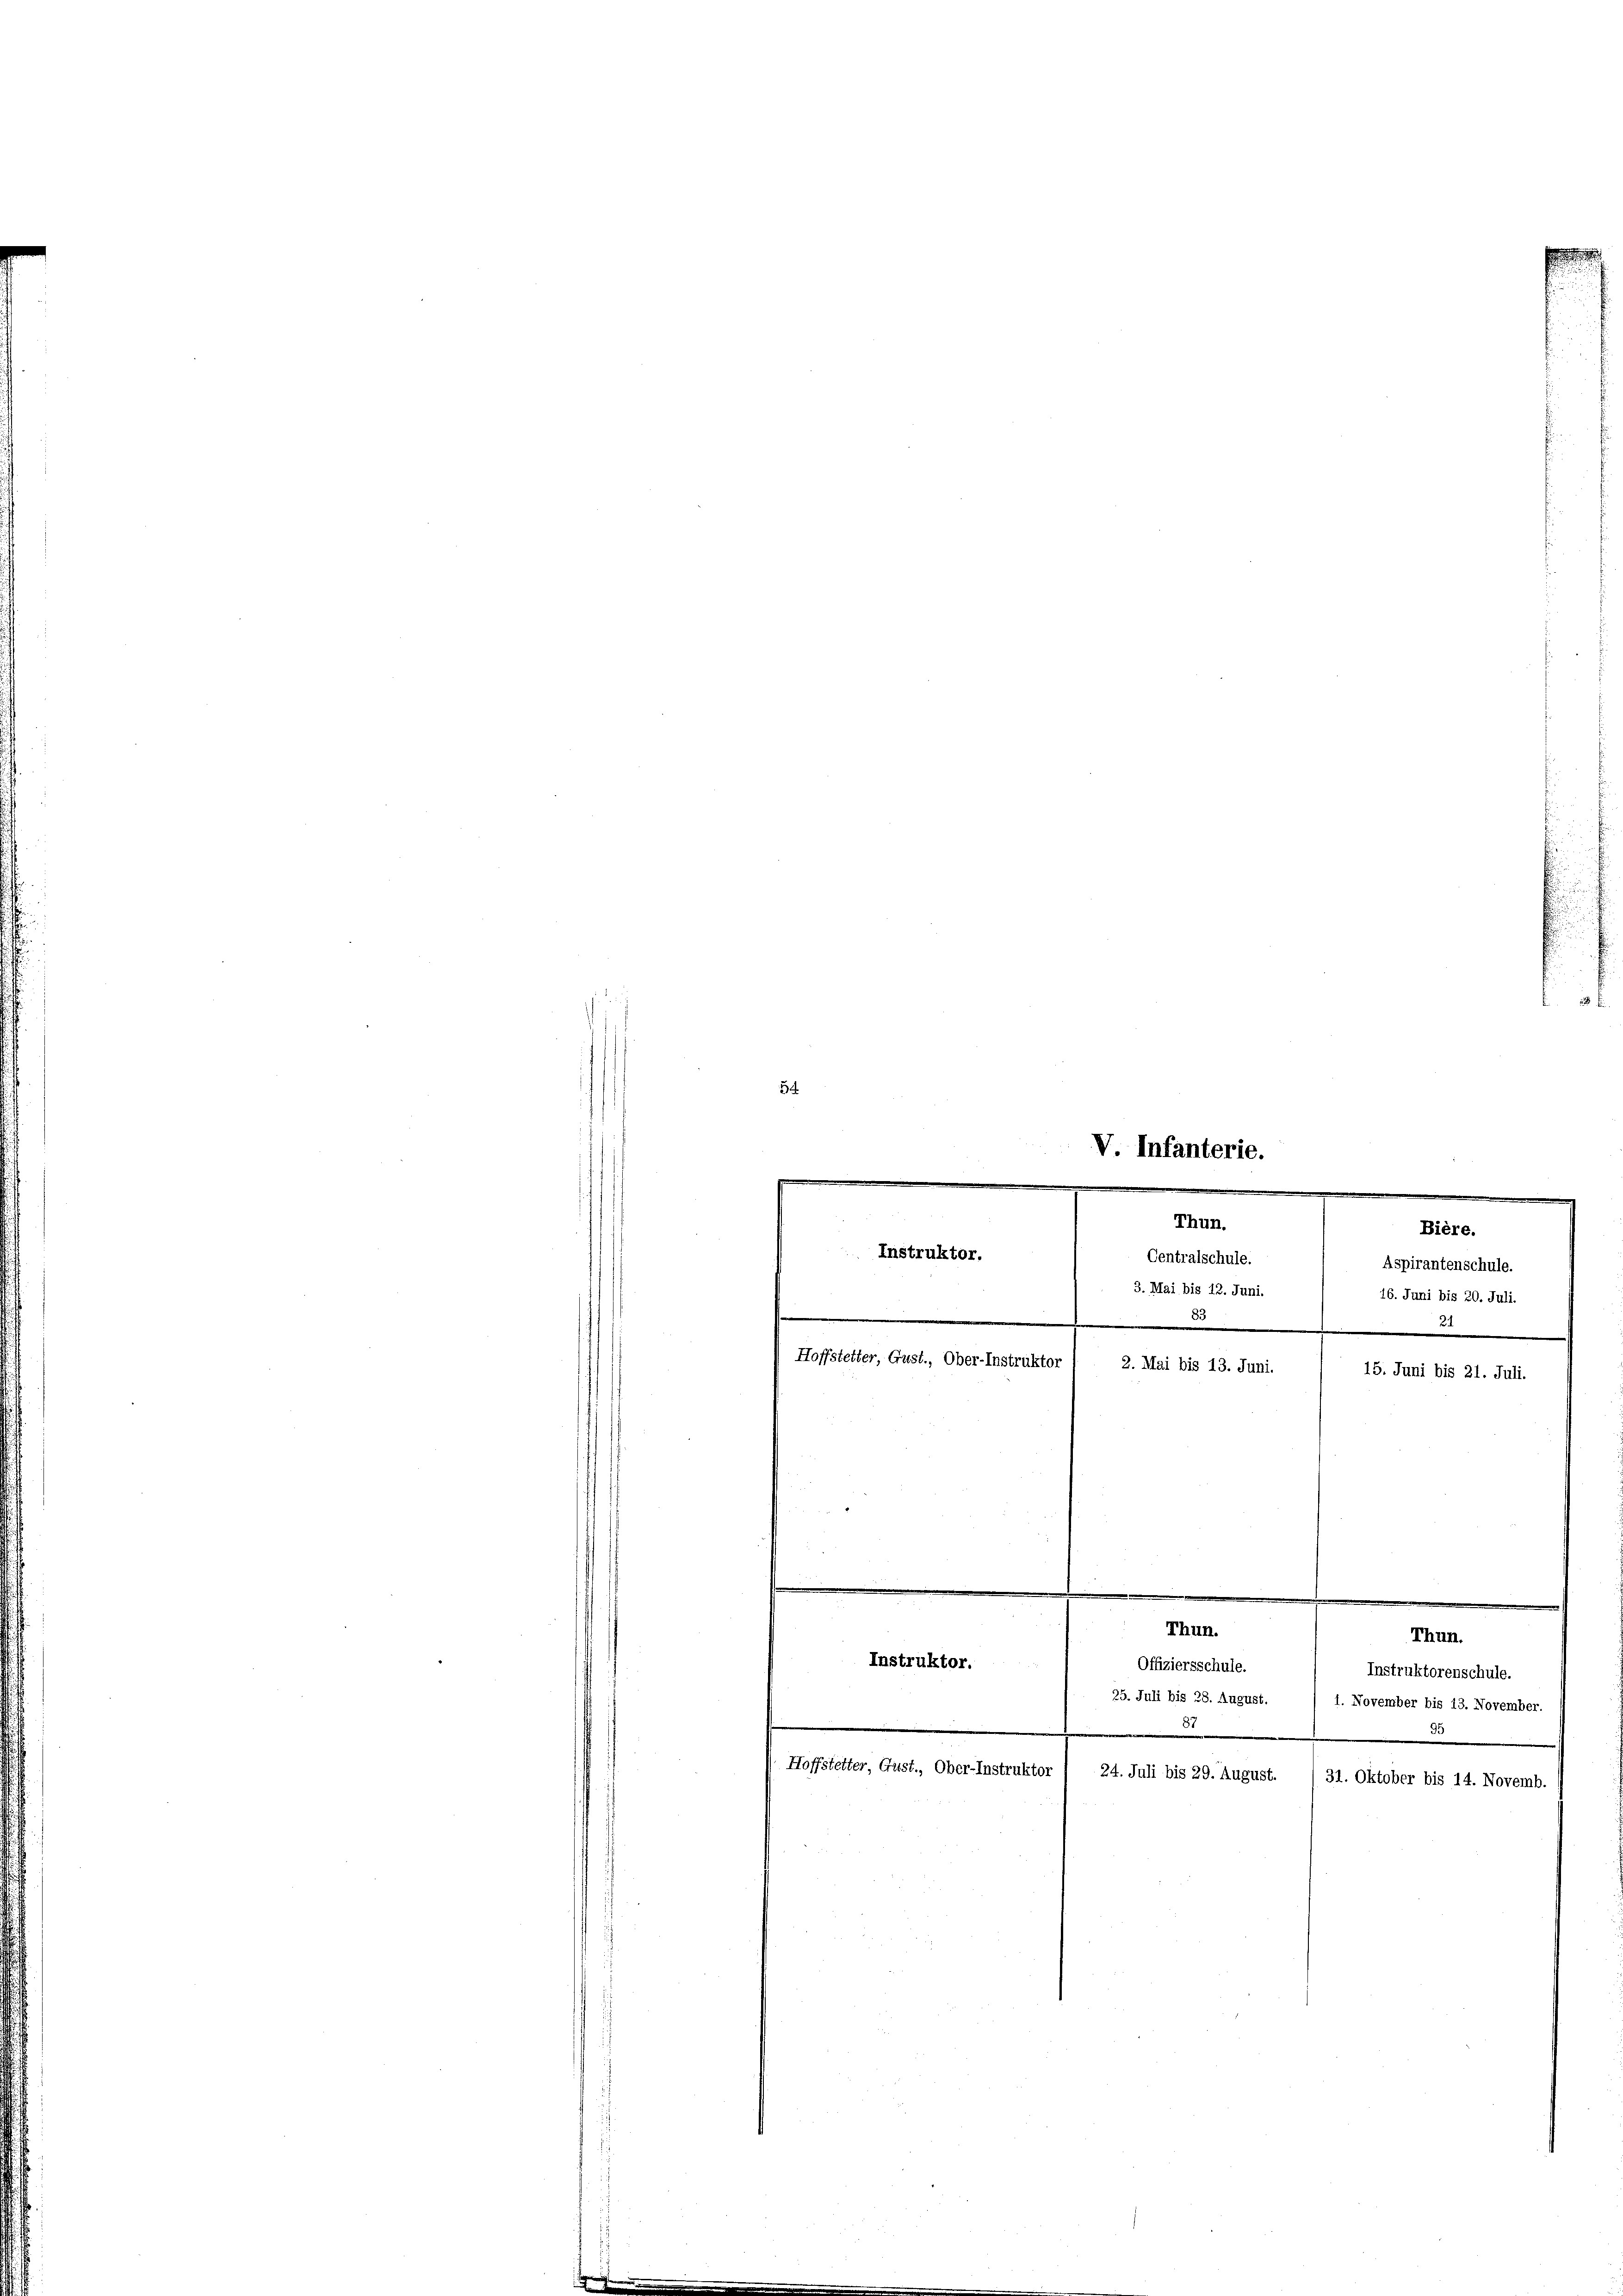
54
Aspirantenschule.
16. Juni bis 20. Juli.
Hoffstetter, Gust., Ober-Instruktor / 2. Mai bis 13. Juni.
15. Juni bis 21. Juli.
n
.
.
m

e
V. Infanterie.
e
s
e
.
Thun.
Instruktor.
Centralschule.
3. Mai bis 12. Juni.
.
e

.

Instruktor.
e
Hoffstetter, Gust., Ober-Instruktor

Thun.
Thun.
Instruktorenschule.
25. Juli bis 28. August.
1. November bis 13. November.
c

Offiziersschule.

Bière.

24. Juli bis 29. August.
31. Oktober bis 14. Novemb.